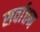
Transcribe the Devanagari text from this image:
सर्वात्तम